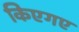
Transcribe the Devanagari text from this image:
किएगए